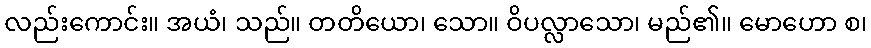
လည်းကောင်း။ အယံ၊ သည်။ တတိယော၊ သော။ ဝိပလ္လာသော၊ မည်၏။ မောဟော စ၊